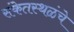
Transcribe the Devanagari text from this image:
संकेतस्थळंचे